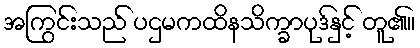
အကြွင်းသည် ပဌမကထိနသိက္ခာပုဒ်နှင့် တူ၏။